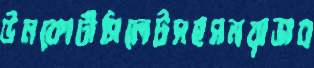
উনকোটীসিলেটসহসময়াভাব